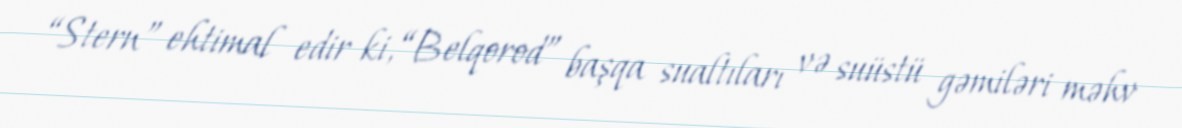
“Stern” ehtimal edir ki, “Belqorod” başqa sualtıları və suüstü gəmiləri məhv